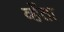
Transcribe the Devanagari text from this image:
व्हेंता